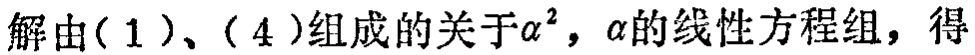
解由(1)、(4)组成的关于\(\alpha^{2}\)，\(\alpha\)的线性方程组，得